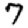
Digit: 7